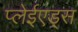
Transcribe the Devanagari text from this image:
प्लेईएड्स